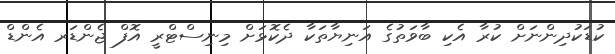
ކުޑަކުދިންނަށް ކުރާ އެކި ބާވަތުގެ އަނިޔާތަކާ ދެކޮޅަށް މިނިސްޓްރީ އޮފް ޖެންޑަރ އެންޑް